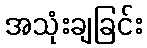
အသုံးချခြင်း